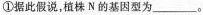
①据此假说，植株N的基因型为____。